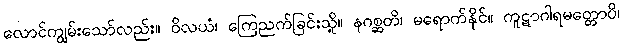
လောင်ကျွမ်းသော်လည်း။ ဝိလယံ၊ ကြေညက်ခြင်းသို့။ နဂစ္ဆတိ၊ မရောက်နိုင်။ ကူဋာဂါရမတ္တောပိ၊